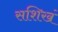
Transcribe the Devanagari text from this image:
सशिखं